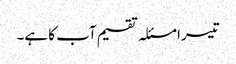
تیسرا مسئلہ تقسیم آب کا ہے۔